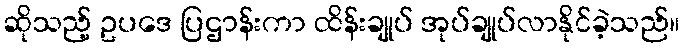
ဆိုသည့် ဥပဒေ ပြဌာန်းကာ ထိန်းချုပ် အုပ်ချုပ်လာနိုင်ခဲ့သည်။